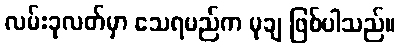
လမ်းခုလတ်မှာ သေရမည်က မုချ ဖြစ်ပါသည်။